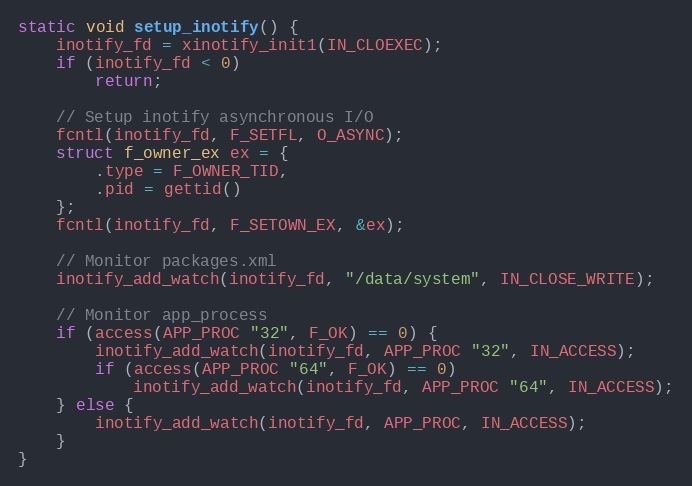
Language: C++
static void setup_inotify() {
    inotify_fd = xinotify_init1(IN_CLOEXEC);
    if (inotify_fd < 0)
        return;

    // Setup inotify asynchronous I/O
    fcntl(inotify_fd, F_SETFL, O_ASYNC);
    struct f_owner_ex ex = {
        .type = F_OWNER_TID,
        .pid = gettid()
    };
    fcntl(inotify_fd, F_SETOWN_EX, &ex);

    // Monitor packages.xml
    inotify_add_watch(inotify_fd, "/data/system", IN_CLOSE_WRITE);

    // Monitor app_process
    if (access(APP_PROC "32", F_OK) == 0) {
        inotify_add_watch(inotify_fd, APP_PROC "32", IN_ACCESS);
        if (access(APP_PROC "64", F_OK) == 0)
            inotify_add_watch(inotify_fd, APP_PROC "64", IN_ACCESS);
    } else {
        inotify_add_watch(inotify_fd, APP_PROC, IN_ACCESS);
    }
}